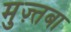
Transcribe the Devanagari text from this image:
मुज़्तबा